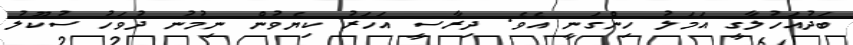
ބަދުއަހުލާގީ އަމަލު ހިންގަނީ އެވެ. ދިރާސީ އަހަރު ކިޔެވުން ނިމުނު ދުވަހު ސުކޫލު